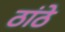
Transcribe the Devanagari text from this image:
ठांठे